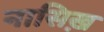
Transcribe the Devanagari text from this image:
नासिख़